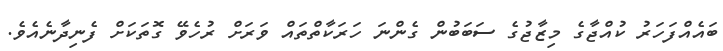
ބައެއްފަހަރު ކުއްޖާގެ މިޒާޖުގެ ސަބަބުން ގެންނަ ހަރަކާތްތައް ވަރަށް ރުހެވޭ ގޮތަކަށް ފެނިދާނެއެވެ.